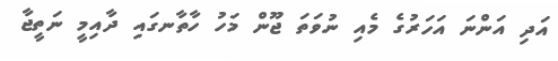
އަދި އަންނަ އަހަރުގެ މެއި ނުވަތަ ޖޫން މަހު ހާތާނގައި ދާއިމީ ނަތީޖާ